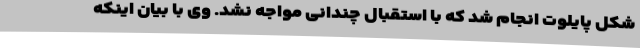
شکل پایلوت انجام شد که با استقبال چندانی مواجه نشد. وی با بیان اینکه